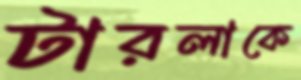
টারলাকে